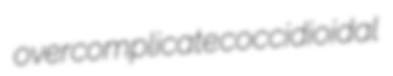
overcomplicate coccidioidal